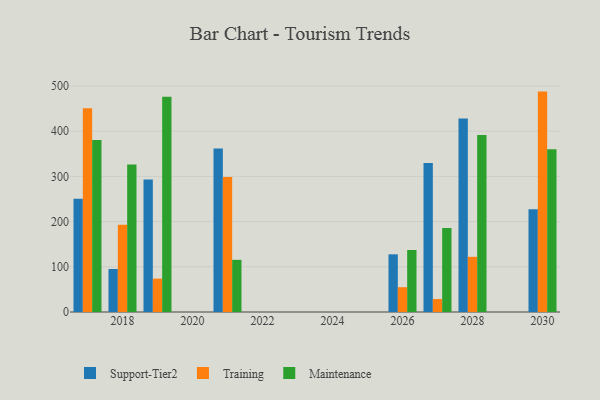
{"axis": {"x": "Year", "y": "Website Visitors"}, "legend": ["Maintenance", "Support-Tier2", "Training"], "data": [{"x": "2026", "y": 127.6, "type": "Support-Tier2"}, {"x": "2026", "y": 54.9, "type": "Training"}, {"x": "2026", "y": 137.2, "type": "Maintenance"}, {"x": "2028", "y": 427.9, "type": "Support-Tier2"}, {"x": "2028", "y": 122.1, "type": "Training"}, {"x": "2028", "y": 391.7, "type": "Maintenance"}, {"x": "2017", "y": 250.5, "type": "Support-Tier2"}, {"x": "2017", "y": 450.8, "type": "Training"}, {"x": "2017", "y": 380.3, "type": "Maintenance"}, {"x": "2027", "y": 329.4, "type": "Support-Tier2"}, {"x": "2027", "y": 28.7, "type": "Training"}, {"x": "2027", "y": 185.8, "type": "Maintenance"}, {"x": "2018", "y": 95.1, "type": "Support-Tier2"}, {"x": "2018", "y": 192.9, "type": "Training"}, {"x": "2018", "y": 326.1, "type": "Maintenance"}, {"x": "2021", "y": 361.9, "type": "Support-Tier2"}, {"x": "2021", "y": 298.7, "type": "Training"}, {"x": "2021", "y": 115.4, "type": "Maintenance"}, {"x": "2030", "y": 227.4, "type": "Support-Tier2"}, {"x": "2030", "y": 487.6, "type": "Training"}, {"x": "2030", "y": 360.1, "type": "Maintenance"}, {"x": "2019", "y": 293.2, "type": "Support-Tier2"}, {"x": "2019", "y": 73.8, "type": "Training"}, {"x": "2019", "y": 476.0, "type": "Maintenance"}]}